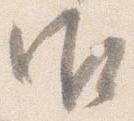
御